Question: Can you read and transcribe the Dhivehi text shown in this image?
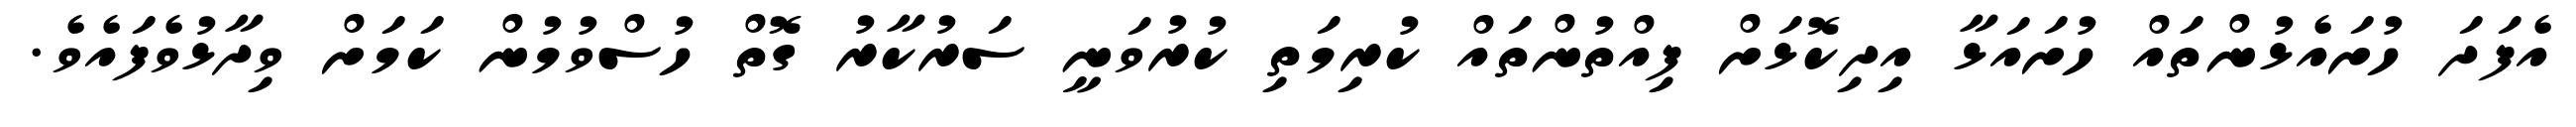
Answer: އެފަދަ ހުށައެޅުންތައް ހުށައަޅާ އިދިކޮޅަށް ފިއްތުންތައް ކުރިމަތި ކުރުވަނީ ސަރުކާރު ގޮތް ހުސްވުމުން ކަމަށް ވިދާޅުވެފައެވެ.